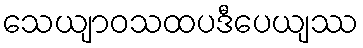
သေယျာဝသထပဒီပေယျဿ